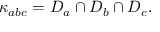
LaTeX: \kappa _ { a b c } = D _ { a } \cap D _ { b } \cap D _ { c } .